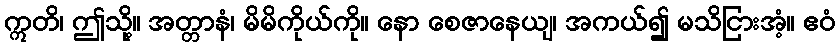
ဣတိ၊ ဤသို့။ အတ္တာနံ၊ မိမိကိုယ်ကို။ နော စေဇာနေယျ၊ အကယ်၍ မသိငြားအံ့။ ဧဝံ